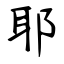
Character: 耶